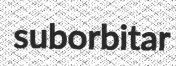
suborbitar